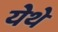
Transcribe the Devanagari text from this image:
येेथे